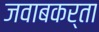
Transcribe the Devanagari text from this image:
जवाबकर्ता